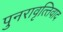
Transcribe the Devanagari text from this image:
पुनरावृत्‍तिवाद